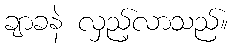
ချာခနဲ လှည့်လာသည်။